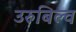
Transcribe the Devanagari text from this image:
उरुबिल्व